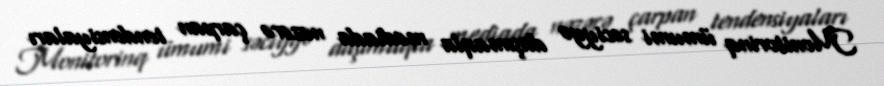
Monitorinq ümumi səciyyə daşımaqla mediada nəzərə çarpan tendensiyaları